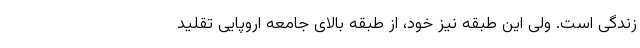
زندگی است. ولی این طبقه نیز خود، از طبقه بالای جامعه اروپایی تقلید